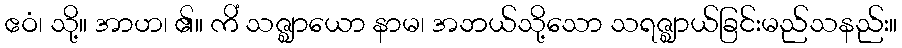
ဧဝံ၊ သို့။ အာဟ၊ ၏။ ကိံ သဇ္ဈာယော နာမ၊ အဘယ်သို့သော သရဇ္ဈာယ်ခြင်းမည်သနည်း။